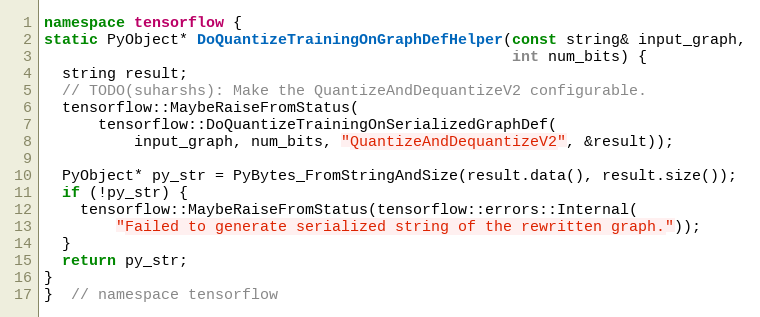
Language: C++
namespace tensorflow {
static PyObject* DoQuantizeTrainingOnGraphDefHelper(const string& input_graph,
                                                    int num_bits) {
  string result;
  // TODO(suharshs): Make the QuantizeAndDequantizeV2 configurable.
  tensorflow::MaybeRaiseFromStatus(
      tensorflow::DoQuantizeTrainingOnSerializedGraphDef(
          input_graph, num_bits, "QuantizeAndDequantizeV2", &result));

  PyObject* py_str = PyBytes_FromStringAndSize(result.data(), result.size());
  if (!py_str) {
    tensorflow::MaybeRaiseFromStatus(tensorflow::errors::Internal(
        "Failed to generate serialized string of the rewritten graph."));
  }
  return py_str;
}
}  // namespace tensorflow